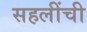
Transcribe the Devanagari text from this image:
सहलींची